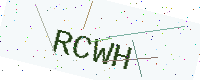
Text: RCWH